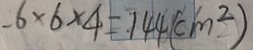
- 6 \times 6 \times 4 = 1 4 4 ( c m ^ { 2 } )